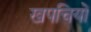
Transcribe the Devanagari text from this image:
खपचियों